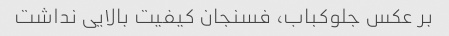
بر عکس جلوکباب، فسنجان کیفیت بالایی نداشت